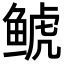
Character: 𩾇